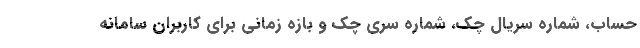
حساب، شماره سریال چک، شماره سری چک و بازه زمانی برای کاربران سامانه